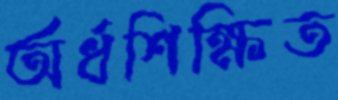
অর্ধশিক্ষিত